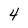
Character: 4